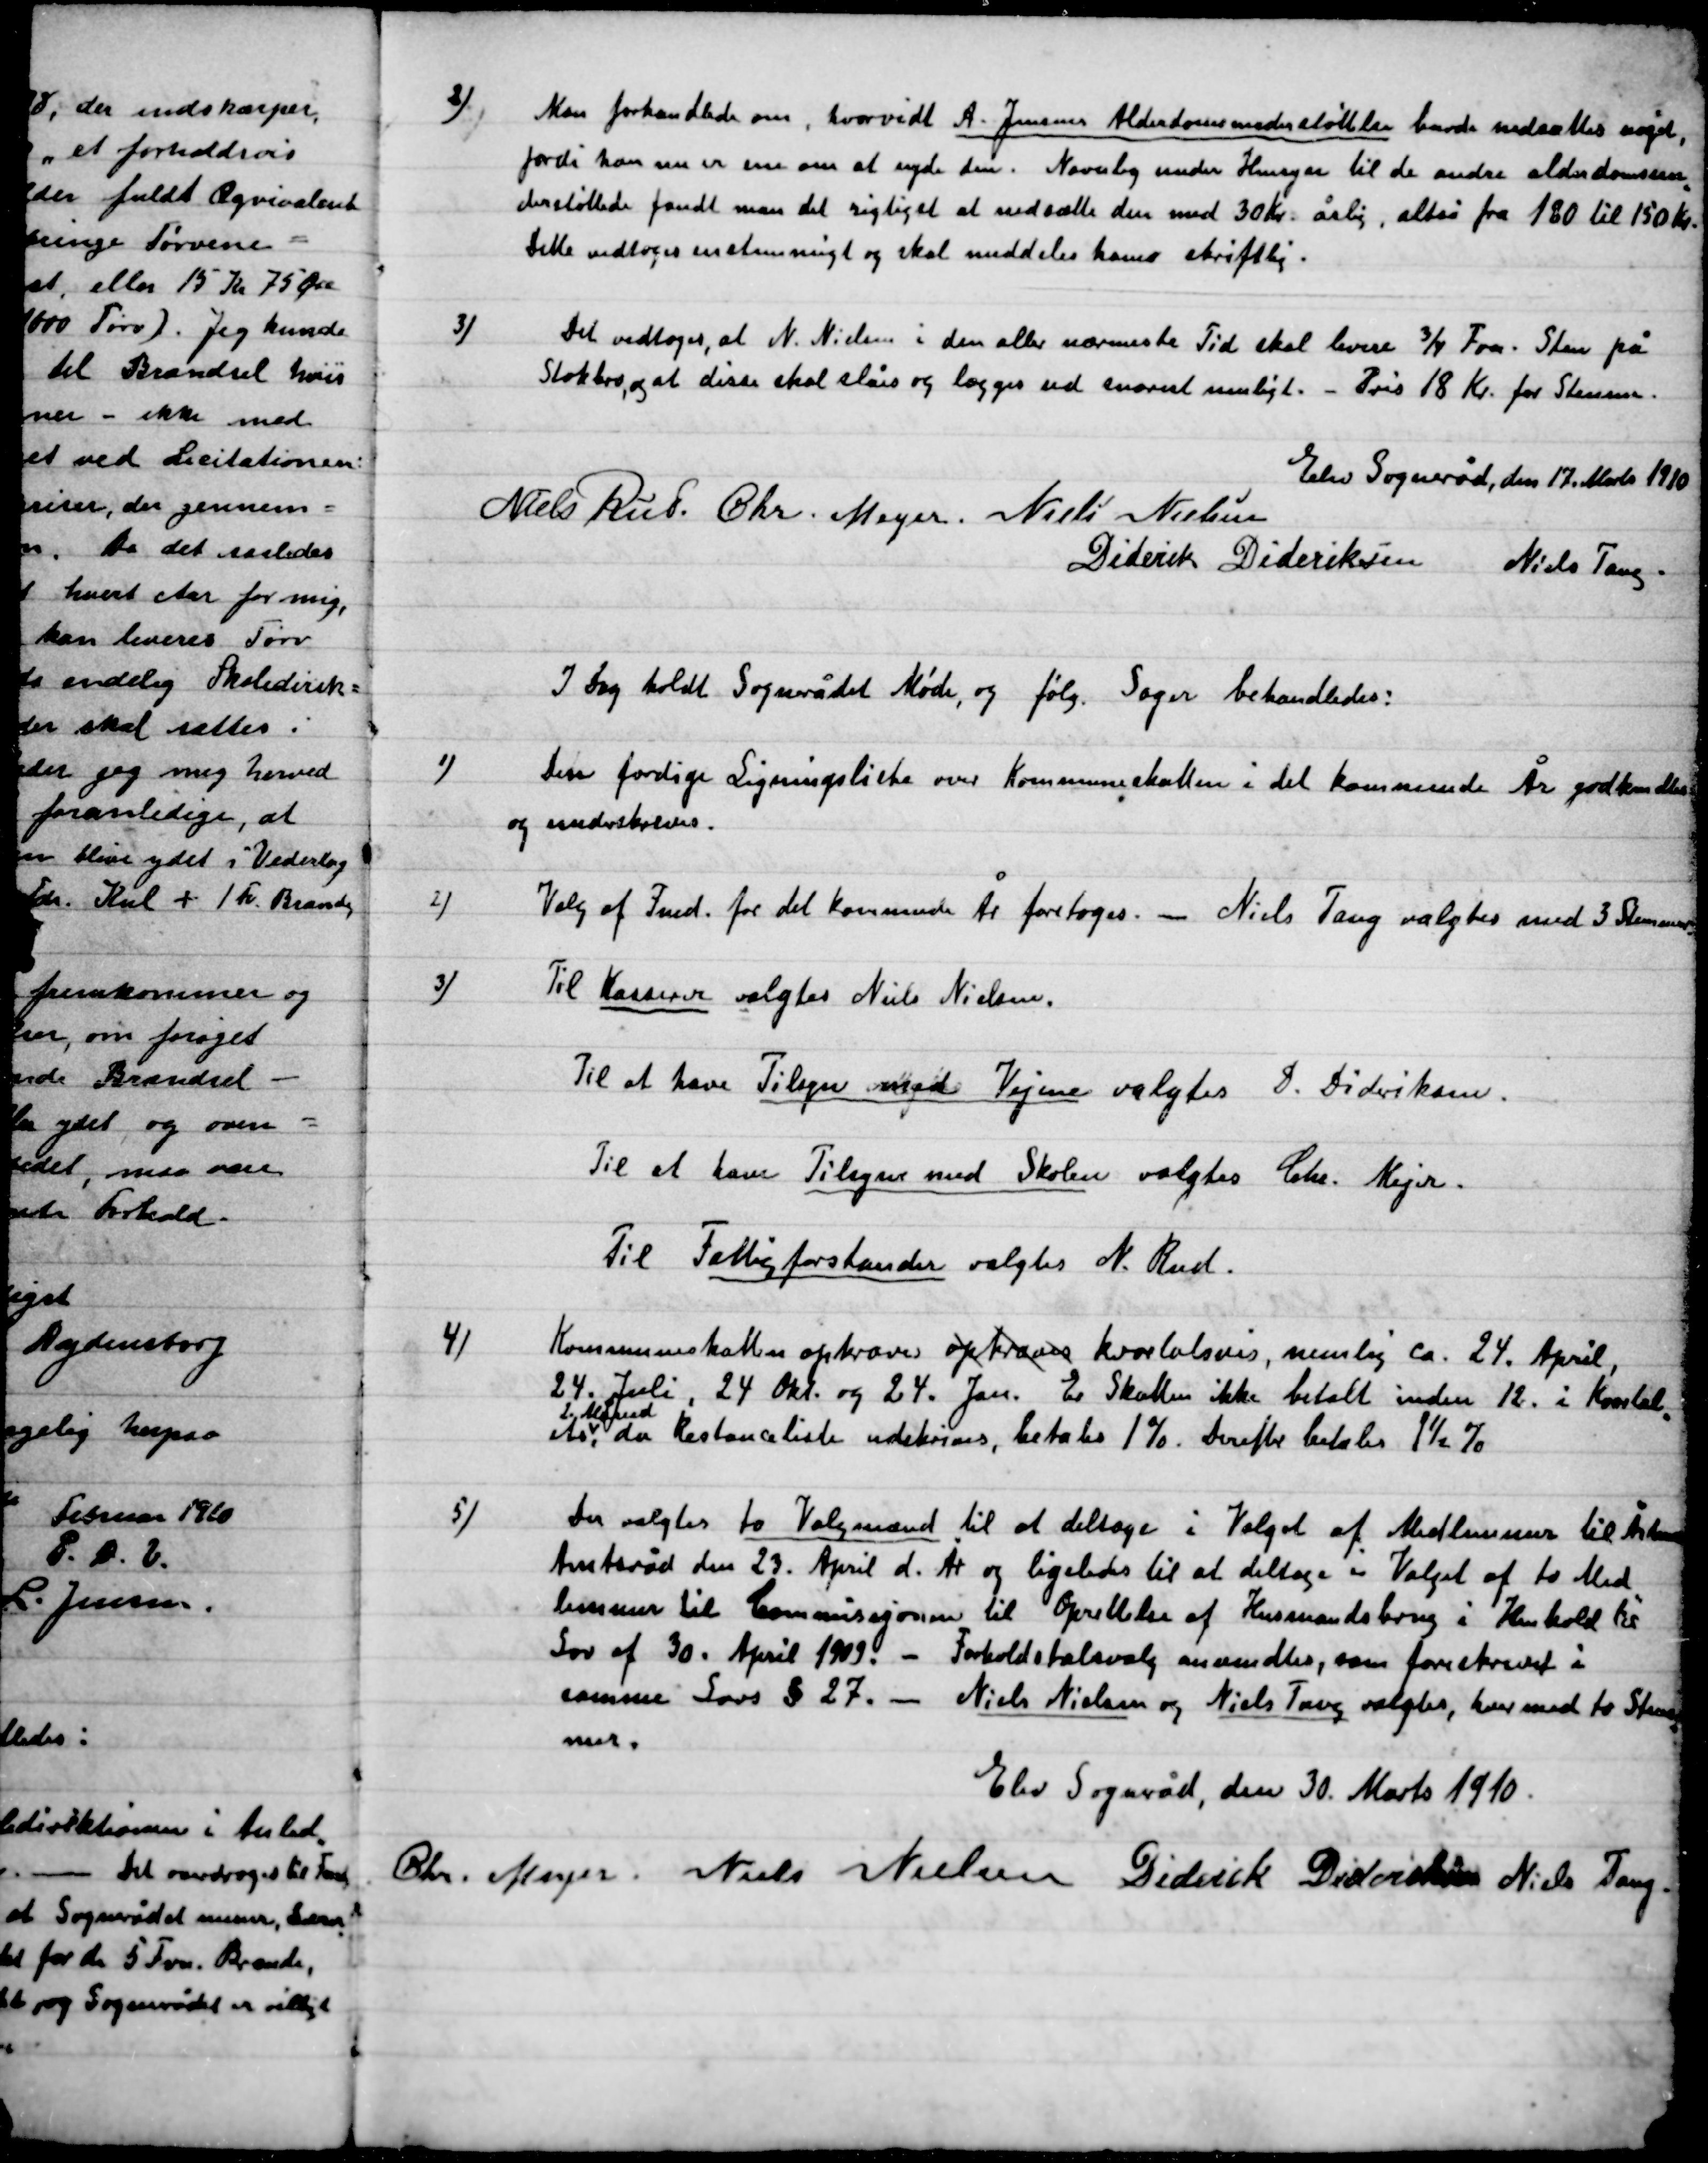
Transskription:
2)

Man forhandledes om hvorvidt A. Jensens Alderdomsunderstøttelse burde nedsættes noget,
Fordi han nu er ene om at nyde den. Navnlig under Hensyn til de andre alderdomsun-
Der støttede fandt man det rigtigt at nedsætte den med 30 Kr. Årlig, altså fra 180 til 150 Kr.
Dette vedtoges enstemmig og skal meddeles ham skriftlig.

3)

Det vedtoges, at N, Nielsen i den aller nærmeste Tid skal levere ¾ favn Sten på
Stokbro, og at disse skal slåes og lægges ud snarest muligt. – Pris 18 Kr. for Stenene.

Elev Sogneråd, den 17. Marts 1910.

Niels Rud
Chr. Meyer
Niels Nielsen
Diderik  Dideriksen
Niels Tang.

I Dag holdt Sognerådet Møde og følg. Sager behandledes:

1)

Den færdige Ligningsliste over Kommuneskatten i det kommende År godkendes
Og underskrives.

2)

Valg af Fmd. for det kommende År foretoges. – Niels Tang valgtes med 3 Stemmer.

3)

Til Kasserer valgtes Niels Nielsen.
Til at have Tilsyn med Vejene valgtes D. Dideriksen.
Til at have Tilsyn med Skolen valgtes Chr. Mejer
Til Fattigforstander valgtes N. Rud.

4)

Kommunalskatten opkræves opkræves kvartalsvis nemlig ca. 24 April,
24. Juli, 24, Okt. og 24. Jan. Er Skatten ikke betalt inden 12. i Kvartal-
lets
2. Måned
, da Restanceliste udskrives, betales 1 % Derefter der efter betales 1½ %.

5)

Der valgtes to Valgmænd til at deltage i Valget af Medlemmer til Århus
Amtsråd den 23. April d. År. og ligeledes til at deltage i Valget af to Med-
lemmer til Ejendomme til Oprettelse af Husmandsbrug i Henhold til
Lov af 30. april 1903. – Forholdstalsvalg anmeldes som foreskrevet:
Samme Lov § 27. – Niels Nielsen og Niels Tang valgtes, hver med to Stem-
mer.

Elev Sogneråd, den 30. Marts 1910.

Chr. Meyer
Niels Nielsen
Diderik Dideriksen
Niels Tang.